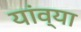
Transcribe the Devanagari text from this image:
यांव्या